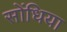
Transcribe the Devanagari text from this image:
सोंधिया